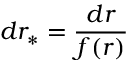
d r _ { * } = \frac { d r } { f ( r ) }